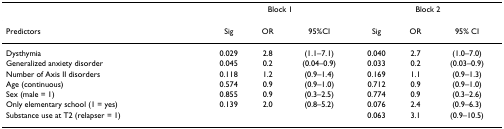
|  | <COLSPAN=3> Block 1 | <COLSPAN=3> Block 2 |
 | --- | --- | --- | --- | --- | --- | --- |
 | Predictors | Sig | OR | 95%CI | Sig | OR | 95% CI |
 | Dysthymia | 0.029 | 2.8 | (1.1–7.1) | 0.040 | 2.7 | (1.0–7.0) |
 | Generalized anxiety disorder | 0.045 | 0.2 | (0.04–0.9) | 0.033 | 0.2 | (0.03–0.9) |
 | Number of Axis II disorders | 0.118 | 1.2 | (0.9–1.4) | 0.169 | 1.1 | (0.9–1.3) |
 | Age (continuous) | 0.574 | 0.9 | (0.9–1.0) | 0.712 | 0.9 | (0.9–1.0) |
 | Sex (male = 1) | 0.855 | 0.9 | (0.3–2.5) | 0.774 | 0.9 | (0.3–2.6) |
 | Only elementary school (1 = yes) | 0.139 | 2.0 | (0.8–5.2) | 0.076 | 2.4 | (0.9–6.3) |
 | Substance use at T2 (relapser = 1) |  |  |  | 0.063 | 3.1 | (0.9–10.5) |